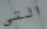
التي